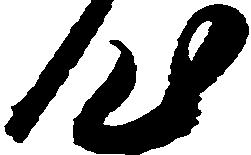
心